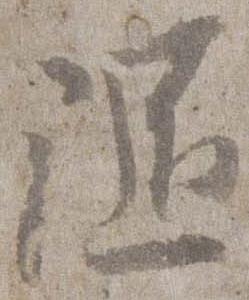
随